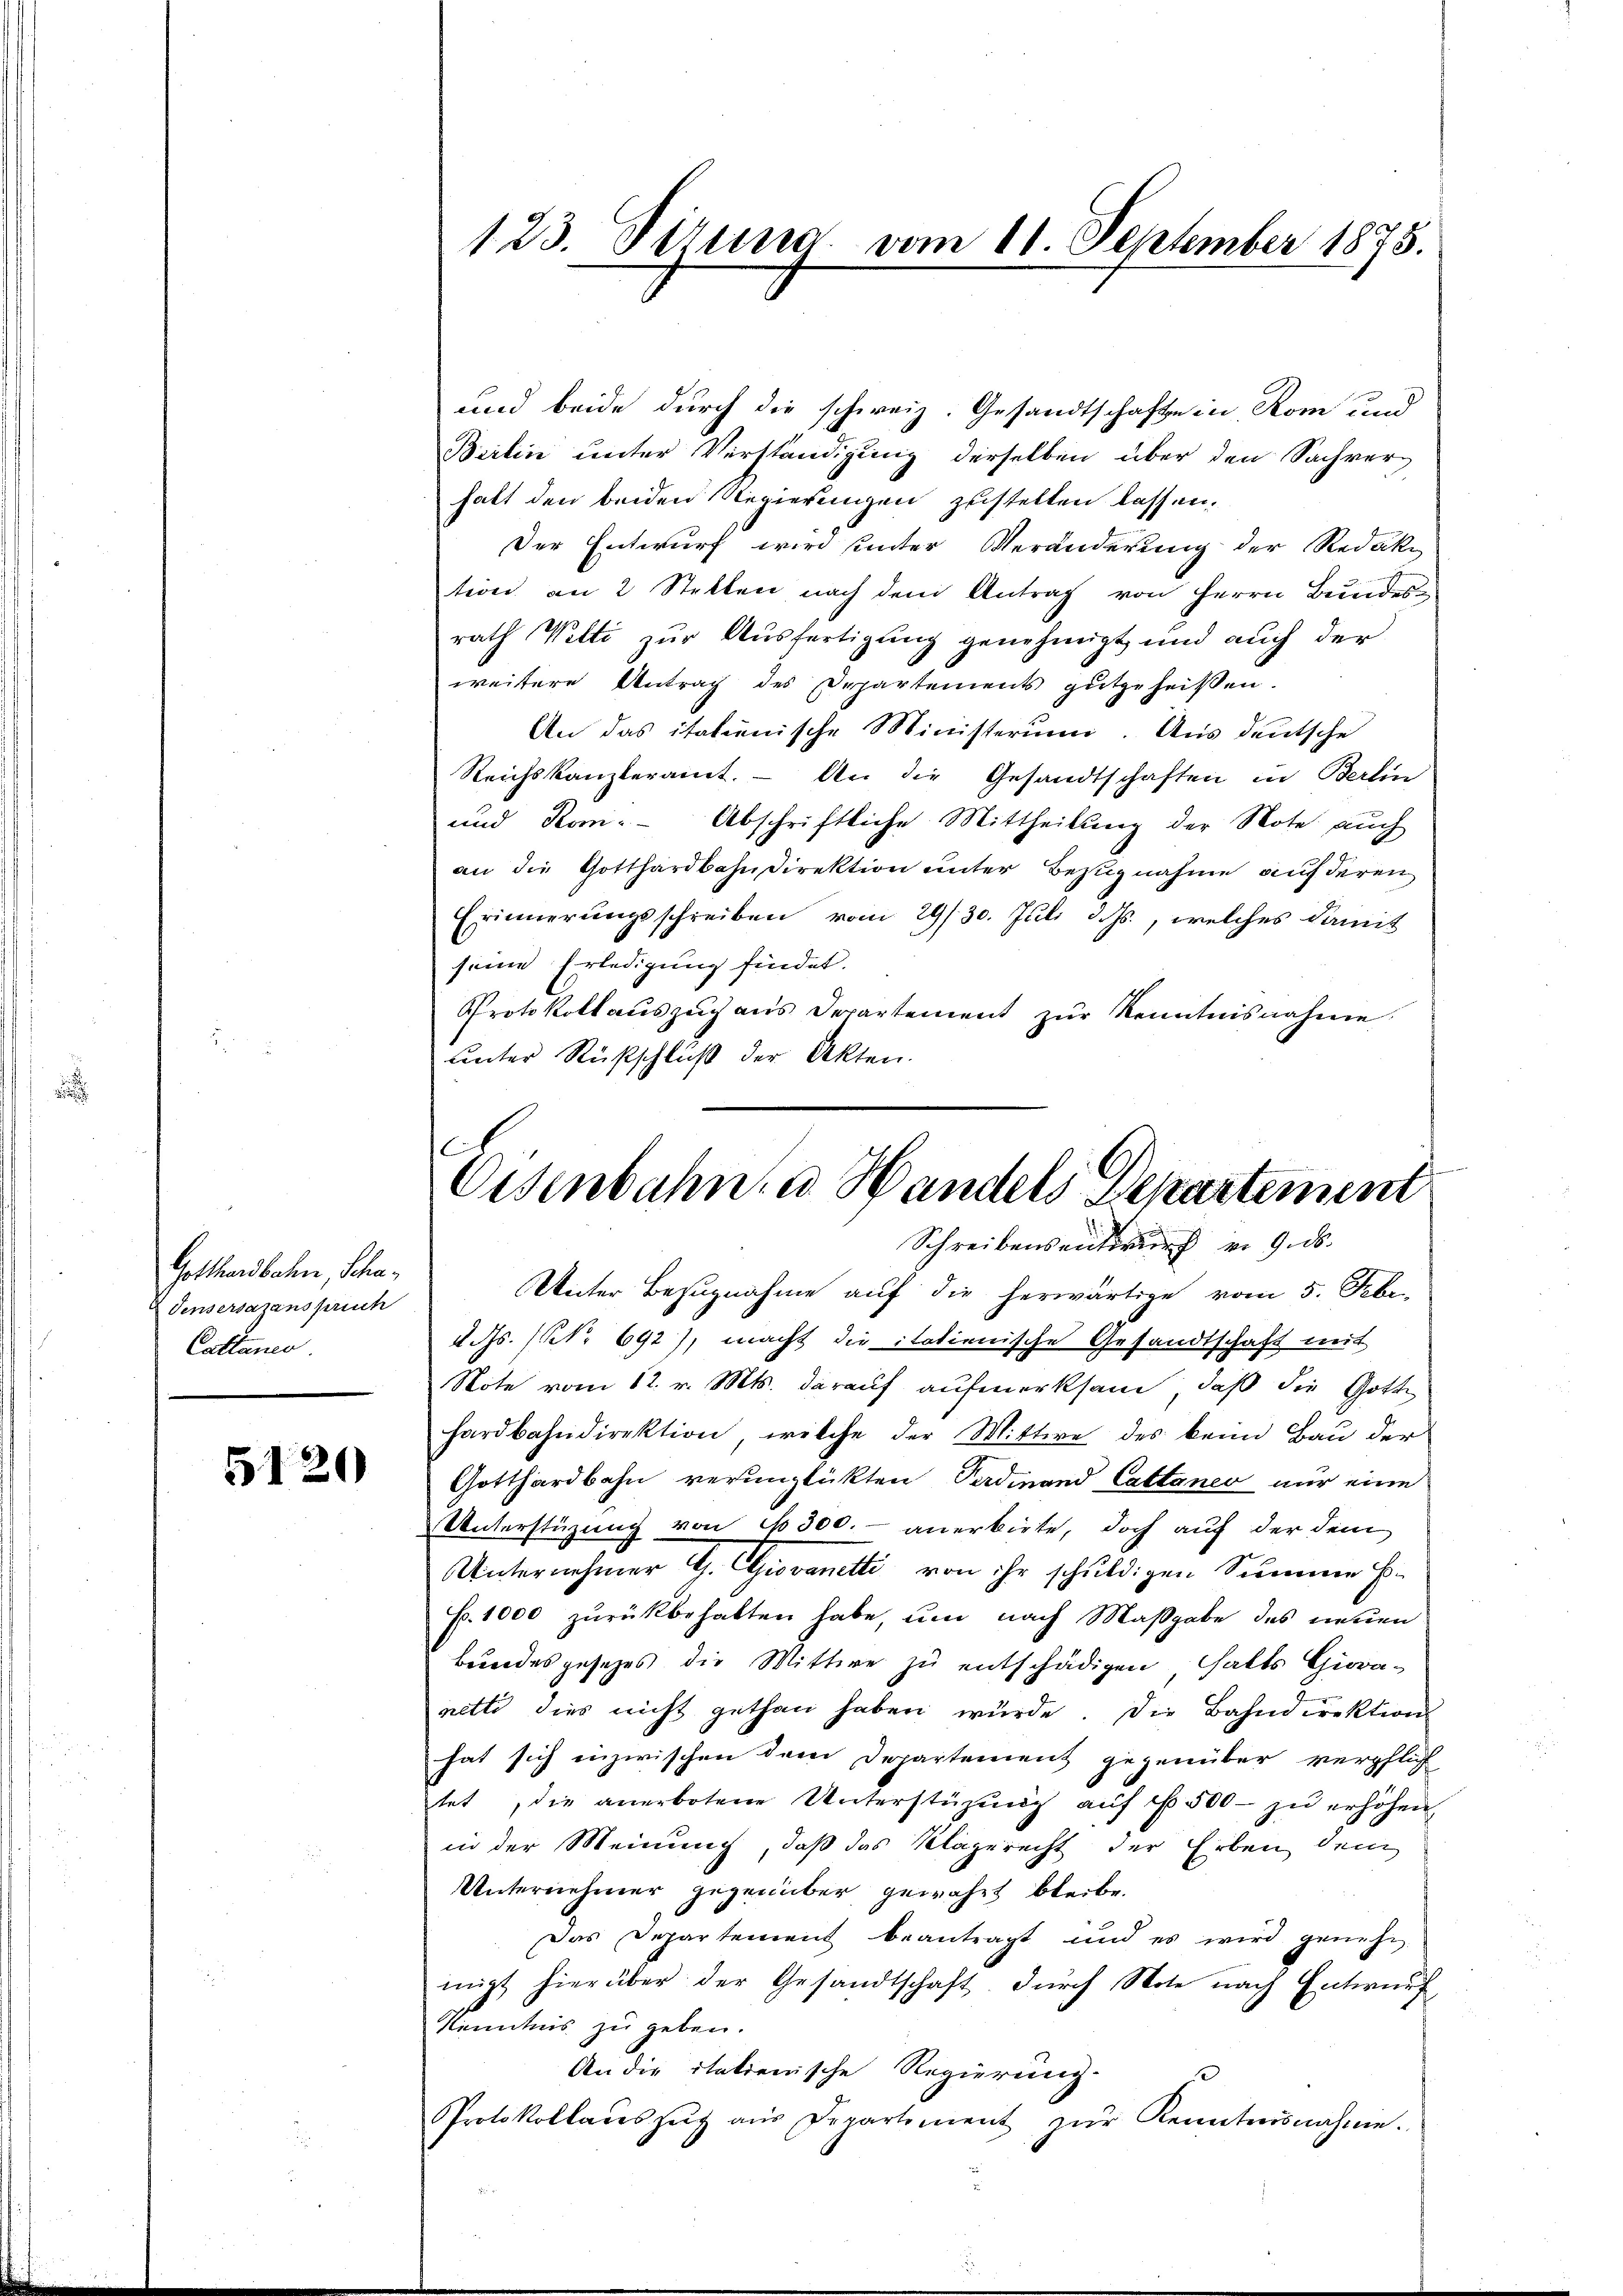
i

Gotthardbahn, Scha¬
Tensersazanspruch
Cattances.

5120

123. Firung vom 11. September 1873.

und beide durch die schweiz. Gesandtschafte in Rom und
Birlin unter Verständigung derselben über den Sachverhalt den beiden Regierungen zustellen lassen.
Der Entwurf wird hinter Veränderung der Redak-
tion an 2 Stellen nach dem Antrag von Herrn Bundes-
rath Wetti zur Ausfertigung genehmigt, und auch der
weitere Antrag des Departements gutgeheißen.
An das italienische Ministerum. Aus deutsche
Reichskanzleramt. – An die Gesandtschaften in Berlin
und Rom. Abschriftliche Mittheilung der Note auch
an die Gotthardbahndirektion unter Bezugnahme auf deren
Erinnerungsschreiben vom 29/30. Juli d. Js., welches damit
seine Erledigung findet.
Protokoll aŭszŭg aŭs Departement zŭr Kenntnisnahme.
unter Rückschluß der Akten.

Disenbahn, u. Handels Departement
Schreibensentwurf v. 9. d.

Unter Bezugnahme auf die herwärtige vom 5. Febr.
d. Js. (N. 692), macht die italienische Gesandtschaft mit
Note vom 12. v. Mts. darauf aufmerksam, daß die Gotte
hardbahndirektion, welche der Wittwe des kein Bau der
Gotthardbahn verunglükten Ferdinand Cattaneo nur eine
Unterstüzung von No 300.- anerbiete, doch auf der dem
Unternehmer G. Giovanetti von ihr schuldigen Summe E.
Fr. 1000 zurückbehalten habe, um nach Maßgabe des neuen
Bundesgesetzes die Mittwe zu entschädigen halts Giovanetti dies nicht gethan haben würde. Die Bahndirektion
hat sich inzwischen dem Departement gegenüber verpflich
tet, die anerbotene Unterstüzung aŭf No 500 zŭ erhöhen
in der Meinung, daß das Klagerecht der Erben dem
Unternehmer gegenüber gewährt bleibe.
Das Departement beantragt und es wird genehm
migt hierüber der Gesandtschaft, dŭrch Note nach Entwurf
Kenntnis zu geben.
An die italienische Regierung.
Protokollaŭszŭg aŭs Departement zŭr Kenntnisnahme.